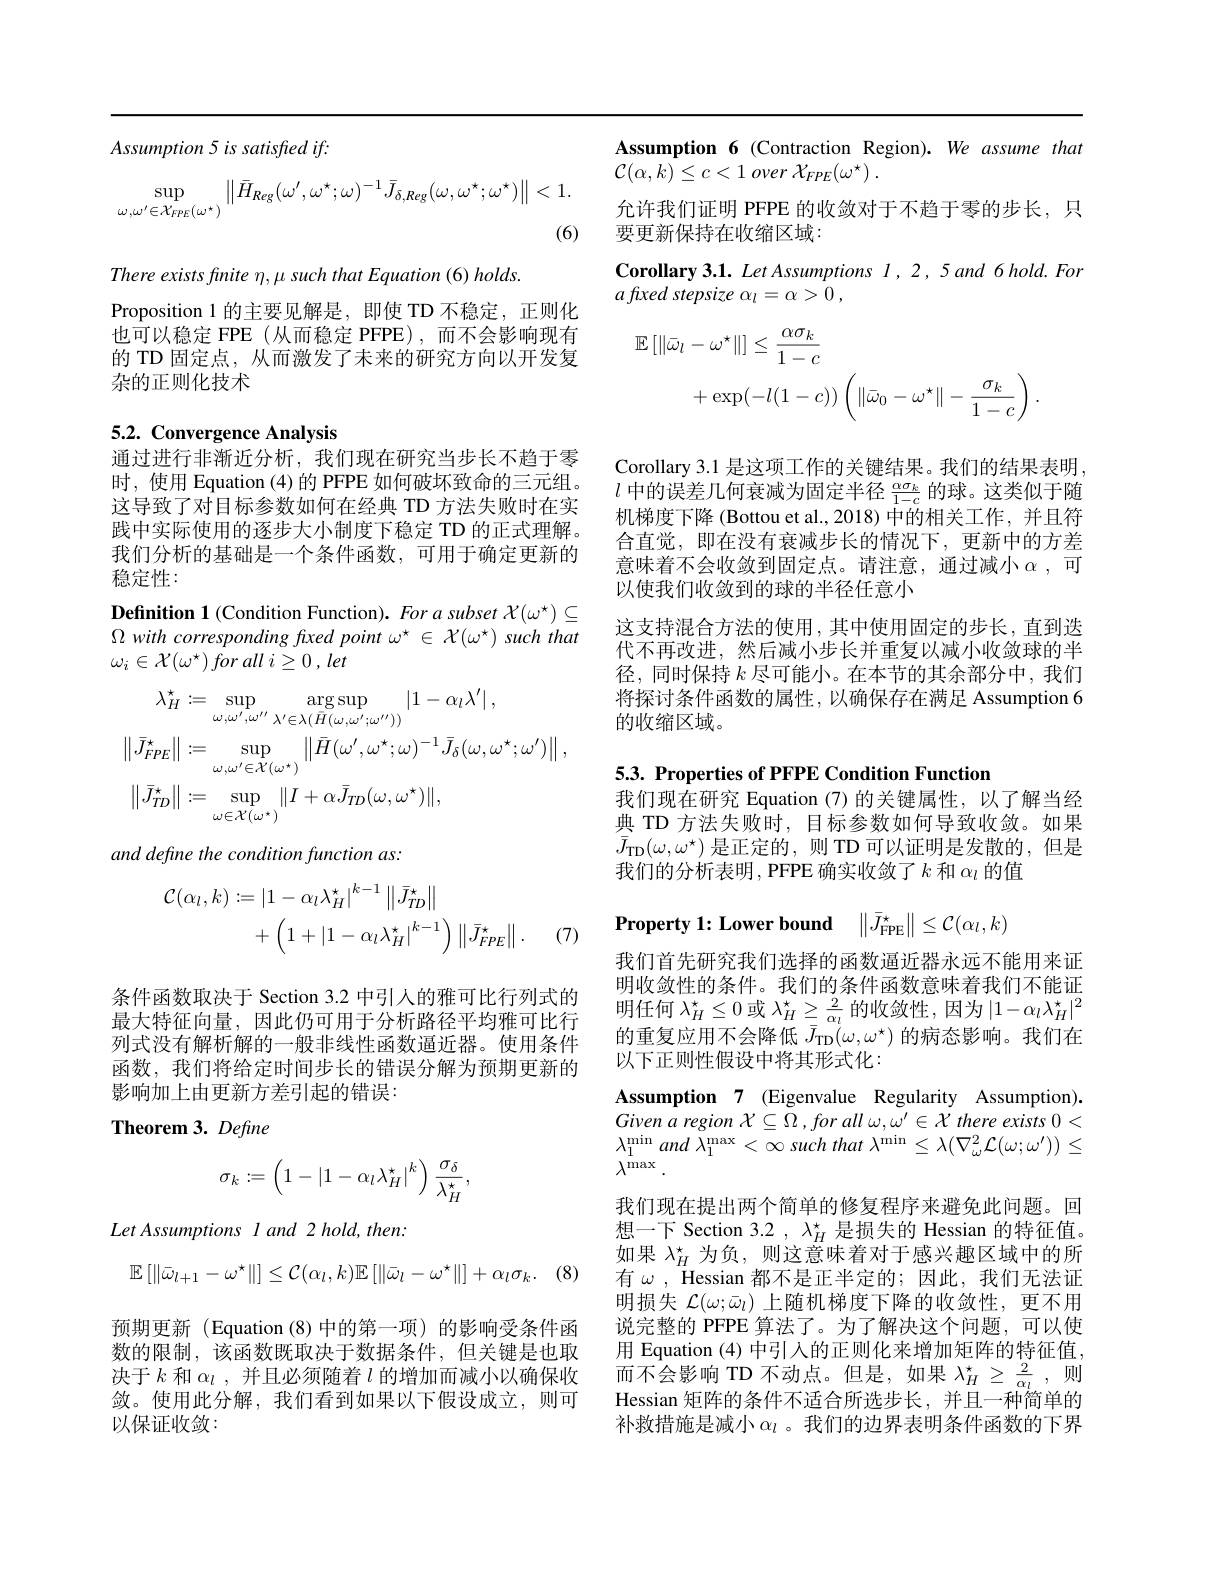
$Assumption5issatisfiedif:$
$$\sup_{\omega,\omega^{\prime}\in\mathcal{X}_{FPE}(\omega^{\star})}\left\|\bar{H}_{Reg}(\omega^{\prime},\omega^{\star};\omega)^{-1}\bar{J}_{\delta,Reg}(\omega,\omega^{\star};\omega^{\star})\right\|<1.$$
(6)

There exists finite $\eta,\mu$ such that Equation (6) holds
Proposition 1 的主要见解是，即使 TD 不稳定，正则化也可以稳定 FPE (从而稳定 PFPE),而不会影响现有的 TD 固定点，从而激发了未来的研究方向以开发复杂的正则化技术

# 5.2. Convergence Analysis 通过进行非渐近分析，我们现在研究当步长不趋于零

时，使用 Equation (4)的 PFPE 如何破坏致命的三元组。这导致了对目标参数如何在经典 TD 方法失败时在实践中实际使用的逐步大小制度下稳定 TD 的正式理解。我们分析的基础是一个条件函数，可用于确定更新的稳定性：

Definition 1 (Condition Function). For a subset $\mathcal{X}(\omega^{\star})\subseteq$ $\Omega$ with corresponding fuxed point $\omega^\star\in\mathcal{X}(\omega^\star)$ such that $\omega _{i}\in \mathcal{X} ( \omega ^{\star }) \textit{for all }i\geq 0, \textit{let}$
$$\begin{aligned}\lambda_{H}^{\star}&:=\sup_{\omega,\omega^{\prime},\omega^{\prime\prime}}\arg\sup_{\lambda^{\prime}\in\lambda(\bar{H}(\omega,\omega^{\prime};\omega^{\prime\prime}))}|1-\alpha_{l}\lambda^{\prime}|\:,\\\left\|\bar{J}_{FPE}^{\star}\right\|&:=\sup_{\omega,\omega^{\prime}\in\mathcal{X}^{\prime}(\omega^{\star})}\left\|\bar{H}(\omega^{\prime},\omega^{\star};\omega)^{-1}\bar{J}_{\delta}(\omega,\omega^{\star};\omega^{\prime})\right\|,\\\left\|\bar{J}_{TD}^{\star}\right\|&:=\sup_{\omega\in\mathcal{X}^{\prime}(\omega^{\star})}\|I+\alpha\bar{J}_{TD}(\omega,\omega^{\star})\|,\end{aligned}$$
and define the condition function as:
$$\begin{aligned}\mathcal{C}(\alpha_{l},k)&:=\left|1-\alpha_{l}\lambda_{H}^{\star}\right|^{k-1}\left\|\bar{J}_{TD}^{\star}\right\|\\&+\left(1+\left|1-\alpha_{l}\lambda_{H}^{\star}\right|^{k-1}\right)\left\|\bar{J}_{FPE}^{\star}\right\|.\end{aligned}$$
(7)

条件函数取决于 Section 3.2 中引人的雅可比行列式的最大特征向量，因此仍可用于分析路径平均雅可比行列式没有解析解的一般非线性函数逼近器。使用条件函数，我们将给定时间步长的错误分解为预期更新的影响加上由更新方差引起的错误：

Theorem 3. Define
$$\sigma_k:=\left(1-\left|1-\alpha_l\lambda_H^\star\right|^k\right)\frac{\sigma_\delta}{\lambda_H^\star},$$
(8)

$LetAssumptions~I~and~2~hold,then:$
$$\mathbb{E}\left[\|\bar{\omega}_{l+1}-\omega^{\star}\|\right]\leq\mathcal{C}(\alpha_{l},k)\mathbb{E}\left[\|\bar{\omega}_{l}-\omega^{\star}\|\right]+\alpha_{l}\sigma_{k}.$$
预期更新 (Equation (8)中的第一项) 的影响受条件函数的限制，该函数既取决于数据条件，但关键是也取决于$k$和$\alpha_l$,并且必须随着$l$的增加而减小以确保收敛。使用此分解，我们看到如果以下假设成立，则可以保证收敛：

Assumption 6 (Contraction Region). We assume that
$\mathcal{C} ( \alpha , k) \leq c< 1\textit{over }\mathcal{X} _{FPE}( \omega ^{\star })$ .
允许我们证明 PFPE 的收敛对于不趋于零的步长，只
要更新保持在收缩区域：
Corollary 3.1. Let Assumptions $l,2,5and6hold.For$
$a\textit{fı xed stepsize }\alpha _{l}= \alpha > 0$ ,
$$\begin{aligned}\mathbb{E}\left[\|\bar{\omega}_{l}-\omega^{\star}\|\right]&\leq\frac{\alpha\sigma_{k}}{1-c}\\&+\exp(-l(1-c))\left(\|\bar{\omega}_{0}-\omega^{\star}\|-\frac{\sigma_{k}}{1-c}\right).\end{aligned}$$
Corollary 3.1 是这项工作的关键结果。我们的结果表明$l$中的误差几何衰减为固定半径$\frac\alpha\sigma_k{1-c}$的球。这类似于随机梯度下降 (Bottou et al.,2018)中的相关工作，并且符合直觉，即在没有衰减步长的情况下，更新中的方差意味着不会收敛到固定点。请注意，通过减小$\alpha$,可以使我们收敛到的球的半径任意小
这支持混合方法的使用，其中使用固定的步长，直到迭代不再改进，然后减小步长并重复以减小收敛球的半径，同时保持$k$尽可能小。在本节的其余部分中，我们将探讨条件函数的属性，以确保存在满足 Assumption 6的收缩区域。

$5. 3. \textbf{ Properties of PFPE Condition Function}$

我们现在研究 Equation (7)的关键属性，以了解当经典 TD 方法失败时，目标参数如何导致收敛。如果$\bar{J}_\mathrm{TD}(\omega,\omega^\star)$是正定的，则 TD 可以证明是发散的，但是我们的分析表明，PFPE 确实收敛了$k$和$\alpha_l$的值
$$\begin{Vmatrix}\bar{J}_{\mathrm{FPE}}^{\star}\end{Vmatrix}\leq\mathcal{C}(\alpha_{l},k)$$
我们首先研究我们选择的函数逼近器永远不能用来证明收敛性的条件。我们的条件函数意味着我们不能证明任何$\lambda_H^\star\leq0$或$\lambda_H^\star\geq\frac2{\alpha_l}$的收敛性，因为$|1-\alpha_l\lambda_H^\star|^2$ 的重复应用不会降低$\bar{\bar{J}_\mathrm{TD}(\omega,\omega^\star)\text{ 的病态影响。我们在}}$ 以下正则性假设中将其形式化：
Assumption 7 (Eigenvalue Regularity Assumption). Givenaregion ${\mathcal{X} }\subseteq \Omega$ $, for$ all $\omega , \omega ^{\prime }\in {\mathcal{X} }$ there exists 0< $\lambda _{1}^{\mathrm{min}}$ and $\lambda _{1}^{\mathrm{max}}< \infty$ such that $\lambda ^{\mathrm{min}}\leq \lambda ( \nabla _{\omega }^{2}{\mathcal{L} }( \omega ; \omega ^{\prime }) ) \leq$ $\bar{\lambda^\mathrm{max}}.$
我们现在提出两个简单的修复程序来避免此问题。回想一下 Section 3.2 , $\lambda_H^\star$是损失的 Hessian 的特征值。如果$\lambda_H^*$为负，则这意味着对于感兴趣区域中的所有$\omega$, Hessian 都不是正半定的；因此，我们无法证明损失$\mathcal{L}(\omega;\bar{\omega}_l)$上随机梯度下降的收敛性，更不用说完整的 PFPE 算法了。为了解决这个问题，可以使用 Equation (4) 中引入的正则化来增加矩阵的特征值， 而不会影响 TD 不动点。但是，如果 $\lambda_H^\star\geq\frac{2}{\alpha_l}$,则Hessian 矩阵的条件不适合所选步长，并且一种简单的补救措施是减小$\alpha_l$ 。我们的边界表明条件函数的下界